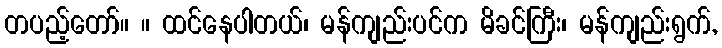
တပည့်တော်။ ။ ထင်နေပါတယ်၊ မန်ကျည်းပင်က မိခင်ကြီး၊ မန်ကျည်းရွက်,